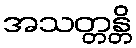
အသတ္တန္တိ